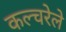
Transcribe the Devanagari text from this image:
कल्चरेले